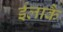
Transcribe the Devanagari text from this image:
ईलाकै